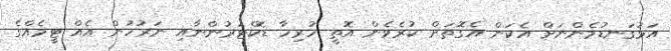
އަޅުގަނޑުމެންނަށް އެކަން އެގޮތަށް ކުރެވެން އޮތީ ހުރިހާ ޑޮކްޓަރުންނާއި ނަރުހުން އެއް ޓީމެއްގެ